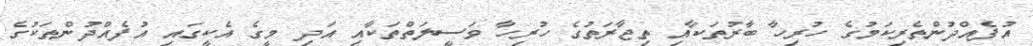
އުފެއްދުންތެރިކަމުގެ ހުރިހާ ބާރުތަކާއި ތިޖާރަތުގެ ހުރިހާ ވަސީލަތްތަކާއި އަދި މީގެ އެކީގައި އުފެއްދުންތަކުގެ